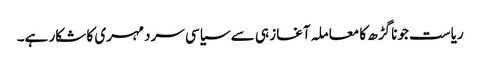
ریاست جونا گڑھ کا معاملہ آغاز ہی سے سیاسی سردمہری کا شکار ہے۔